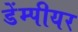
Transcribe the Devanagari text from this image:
डेंम्पीयर